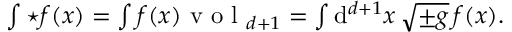
\begin{array} { r } { \int { \star f } ( x ) = \int f ( x ) \mathrm { ~ v ~ o ~ l ~ } _ { d + 1 } = \int \mathrm { d } ^ { d + 1 } x \, \sqrt { \pm g } \, f ( x ) . } \end{array}